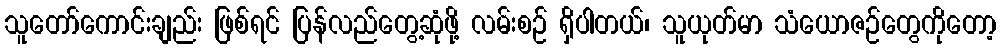
သူတော်ကောင်းချည်း ဖြစ်ရင် ပြန်လည်တွေ့ဆုံဖို့ လမ်းစဉ် ရှိပါတယ်၊ သူယုတ်မာ သံယောဇဉ်တွေကိုတော့